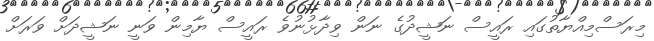
މިރަސްމިއްޔާތުގައި ރައީސް ނަޝީދުގެ ނަން ވިދާޅުނުވެ ރައީސް ޔާމިން ވަނީ ނަޝީދަށް ވަރަށް